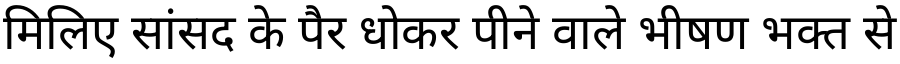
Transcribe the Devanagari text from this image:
मिलिए सांसद के पैर धोकर पीने वाले भीषण भक्त से